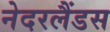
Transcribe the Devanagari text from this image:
नेदरलैंडस